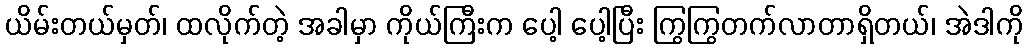
ယိမ်းတယ်မှတ်၊ ထလိုက်တဲ့ အခါမှာ ကိုယ်ကြီးက ပေါ့ ပေါ့ပြီး ကြွကြွတက်လာတာရှိတယ်၊ အဲဒါကို